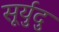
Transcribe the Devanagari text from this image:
सूर्युदु